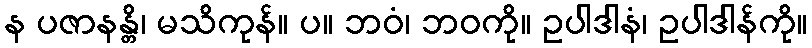
န ပဇာနန္တိ၊ မသိကုန်။ ပ။ ဘဝံ၊ ဘဝကို။ ဥပါဒါနံ၊ ဥပါဒါန်ကို။